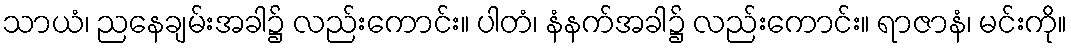
သာယံ၊ ညနေချမ်းအခါ၌ လည်းကောင်း။ ပါတံ၊ နံနက်အခါ၌ လည်းကောင်း။ ရာဇာနံ၊ မင်းကို။